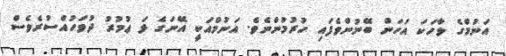
އަނުމްގެ ވާހަކަ އަހަން ބޭނުންވެފައި ހުރުމުންނެވެ. އަނުމްއަކީ އޭނަގެ ޅަ ޢުމުރު ދުވަހުއްސުރެވެސް